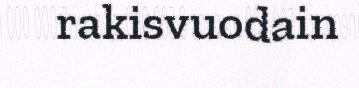
rakisvuodain